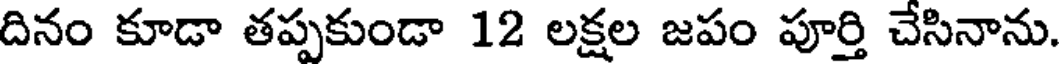
దినం కూడా తప్పకుండా 12 లక్షల జపం పూర్తి చేసినాను.